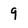
Character: 9